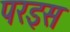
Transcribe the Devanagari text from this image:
परइस